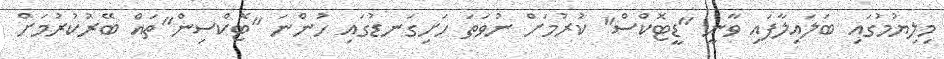
މިލިޔުމުގައި ބަލައިލާފައި ވާނީ "ޑީޓޮކްސް" ކުރުމަށް ނުވަތަ ހަށިގަނޑުގައި ހުންނަ "ޓޮކްސިން"ތައް ބޭރުކުރުމަށް